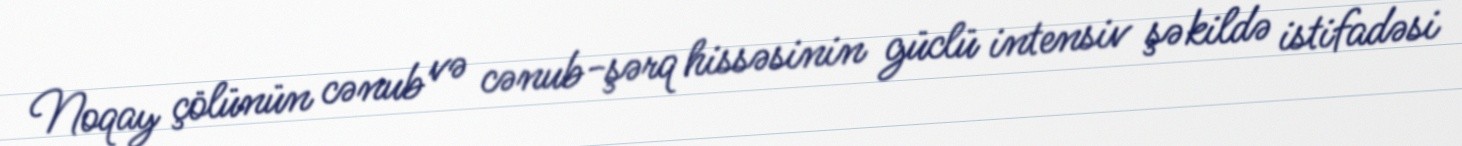
Noqay çölünün cənub və cənub-şərq hissəsinin güclü intensiv şəkildə istifadəsi